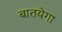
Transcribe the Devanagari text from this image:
बातयेगा